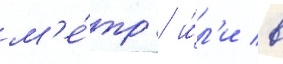
м'е́тр / и́л'и в